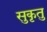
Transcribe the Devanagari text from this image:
सुकृतु